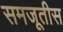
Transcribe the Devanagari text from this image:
समजूतीस